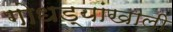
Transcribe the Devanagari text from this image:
गोधड्यांखाली